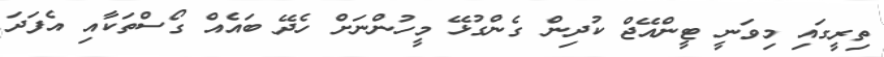
ތިރީގައި މިވަނީ ޓީންއޭޖް ކުދިން ގެންގުޅޭ މީހުންނަށް ހެދޭ ބައެއް ގޯސްތަކާއި އެފަދަ